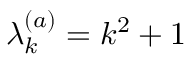
\lambda _ { k } ^ { ( a ) } = k ^ { 2 } + 1